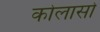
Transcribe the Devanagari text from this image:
कोलासो